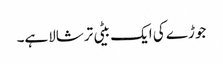
جوڑے کی ایک بیٹی ترشالاہے۔